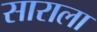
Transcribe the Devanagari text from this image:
साराला